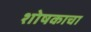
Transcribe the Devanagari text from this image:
शोषकाचा